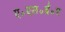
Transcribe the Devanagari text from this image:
ए॰एस॰ई॰ए